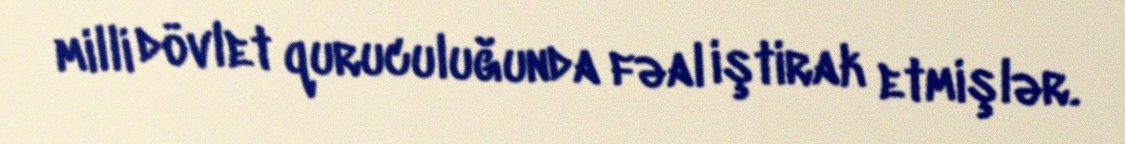
milli dövlet quruculuğunda fəal iştirak etmişlər.